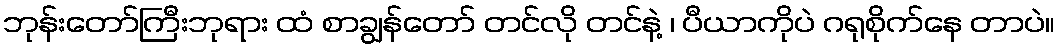
ဘုန်းတော်ကြီးဘုရား ထံ စာချွန်တော် တင်လို တင်နဲ့ ၊ ပီယာကိုပဲ ဂရုစိုက်နေ တာပဲ။